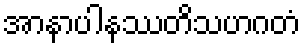
အာနာပါနဿတိသဟဂတံ